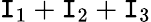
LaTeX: \mathtt{I}_{1}+\mathtt{I}_{2}+\mathtt{I}_{3}